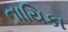
નાયિકા